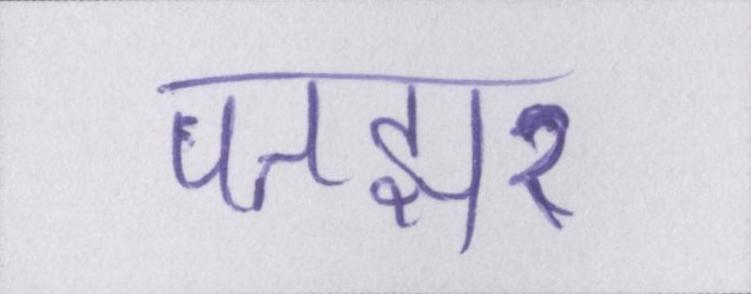
पतझर